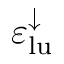
\varepsilon _ { \mathrm { l u } } ^ { \downarrow }